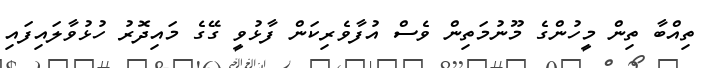
ތިއްބާ ތިން މީހުންގެ މޫނުމަތިން ވެސް އުފާވެރިކަން ފާޅުވީ ގޭގެ މައިދޮރު ހުޅުވާލައިފައި